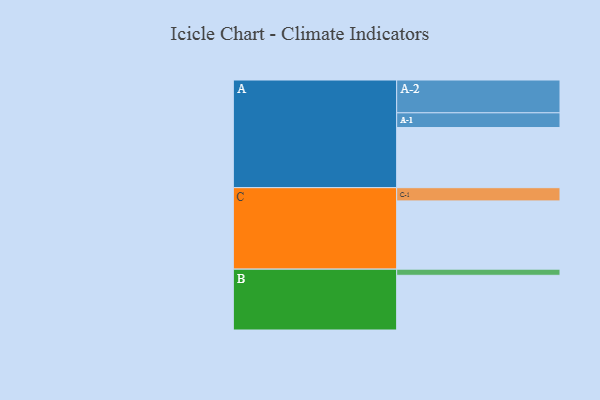
{"axis": {"x": "Segment", "y": "Value"}, "legend": ["", "A", "B", "C"], "data": [{"x": "A", "y": 528, "type": ""}, {"x": "B", "y": 480, "type": ""}, {"x": "C", "y": 599, "type": ""}, {"x": "A-1", "y": 129, "type": "A"}, {"x": "A-2", "y": 288, "type": "A"}, {"x": "B-1", "y": 54, "type": "B"}, {"x": "C-1", "y": 116, "type": "C"}]}